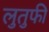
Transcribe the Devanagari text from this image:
लुतुफी